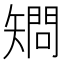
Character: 𥏿